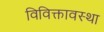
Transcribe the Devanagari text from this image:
विविक्तावस्था